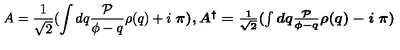
A = \frac { 1 } { \sqrt 2 } ( \int d q \frac { { \cal P } } { \phi - q } \rho ( q ) + i \textup { \boldmath \pi } ) , A ^ { \dagger } = \frac { 1 } { \sqrt 2 } ( \int d q \frac { { \cal P } } { \phi - q } \rho ( q ) - i \textup { \boldmath \pi } )